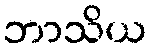
ဘာသိယ